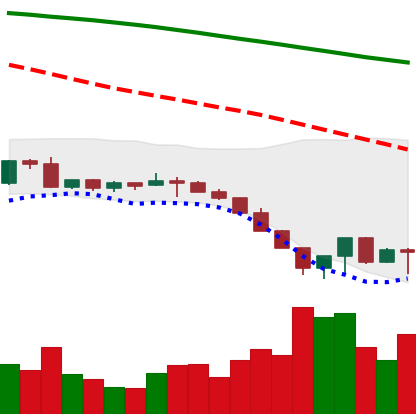
Ticker: LTC-USD
Chart end date: 2022-06-18
Forward return: 18.023%
Label: up_7plus